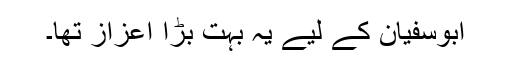
ابوسفیان کے لیے یہ بہت بڑا اعزاز تھا۔